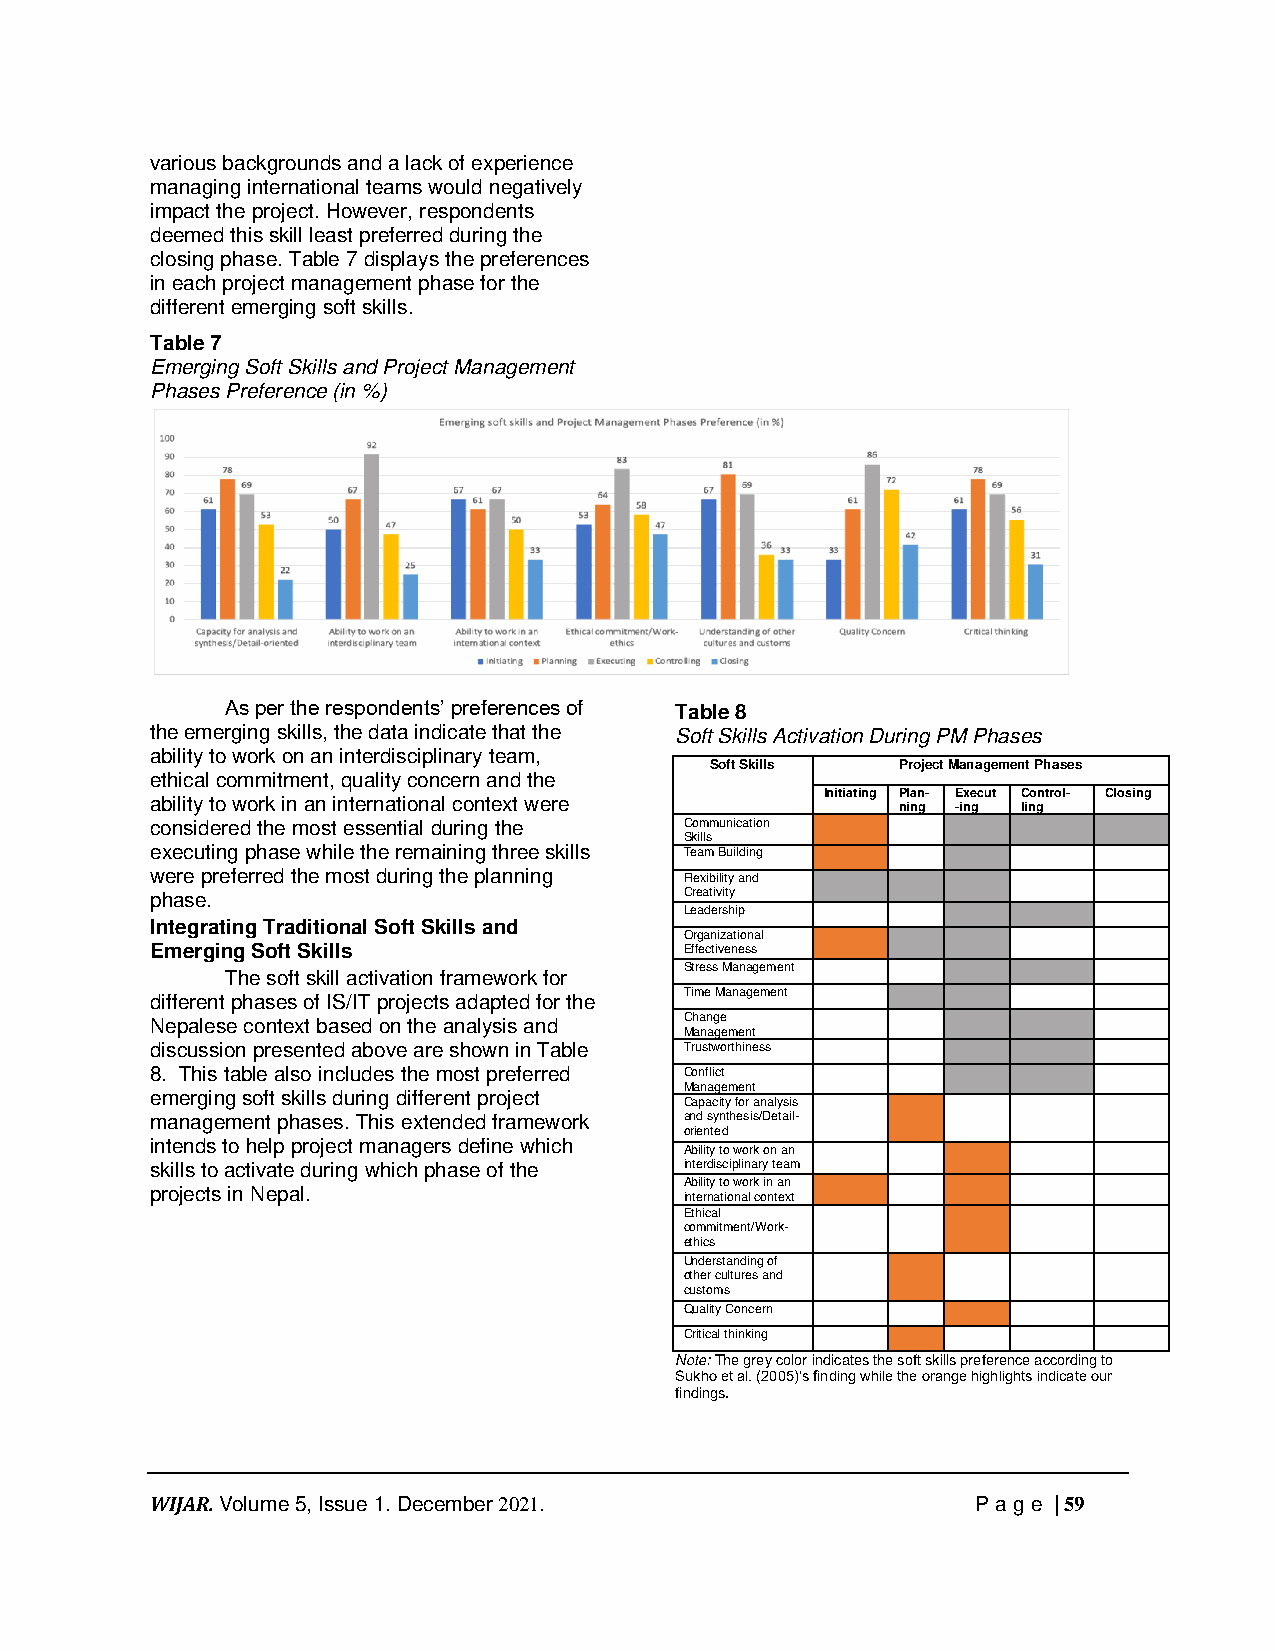
various backgrounds and a lack of experience
 managing international teams would negatively
 impact the project. However, respondents
 deemed this skill least preferred during the
 closing phase. Table 7 displays the preferences
 in each project management phase for the
 different emerging soft skills.
 Table 7
 Emerging Soft Skills and Project Management
 Phases Preference (in %)
 As per the respondents’ preferences of Table 8
 the emerging skills, the data indicate that the Soft Skills Activation During PM Phases
 ability to work on an interdisciplinary team,
 Soft Skills  Project Management Phases
 ethical commitment, quality concern and the
 Initiating Plan- Execut Control- Closing
 ability to work in an international context were
 ning -ing ling
 considered the most essential during the Communication
 Skills
 executing phase while the remaining three skills Team Building
 were preferred the most during the planning Flexibility and
 phase.                             Creativity
 Leadership
 Integrating Traditional Soft Skills and
 Organizational
 Emerging Soft Skills               Effectiveness
 The soft skill activation framework for
 Stress Management
 different phases of IS/IT projects adapted for the
 Time Management
 Nepalese context based on the analysis and Change
 Management
 discussion presented above are shown in Table Trustworthiness
 8. This table also includes the most preferred Conflict
 Management
 emerging soft skills during different project
 Capacity for analysis
 management phases. This extended framework and synthesis/Detail-
 oriented
 intends to help project managers define which
 Ability to work on an
 skills to activate during which phase of the interdisciplinary team
 Ability to work in an
 projects in Nepal.                 international context
 Ethical
 commitment/Work-
 ethics
 Understanding of
 other cultures and
 customs
 Quality Concern
 Critical thinking
 Note: The grey color indicates the soft skills preference according to
 Sukho et al. (2005)’s finding while the orange highlights indicate our
 findings.
 WIJAR. Volume 5, Issue 1. December 2021.               P age | 59